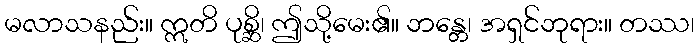
မလာသနည်း။ ဣတိ ပုစ္ဆိ၊ ဤသို့မေး၏။ ဘန္တေ၊ အရှင်ဘုရား။ တဿ၊